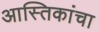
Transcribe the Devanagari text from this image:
आस्तिकांचा